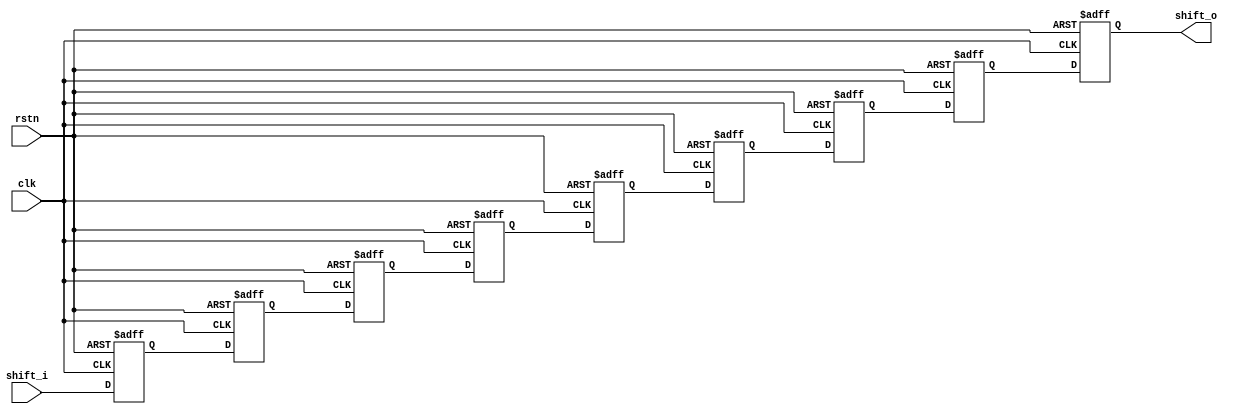
`timescale 1ns / 1ps

//===================================================================
// Project Name	:  CSA9_2 
// Description	:  CSA9_2 carry save adder compressor 9:2
//===================================================================


module shift_reg_9(
    input               clk,
    input               rstn,
    input   [31:0]      shift_i,
    output  [31:0]      shift_o
    );
    
    reg     [31:0]     S1,S2,S3,S4,S5,S6,S7,S8,S9;
    
    always @(posedge clk or  negedge rstn) begin
        if ( ! rstn) begin
            S1  <= 0;
            S2  <= 0;
            S3  <= 0;
            S4  <= 0;
            S5  <= 0;
            S6  <= 0;
            S7  <= 0;
            S8  <= 0;
            S9  <= 0;
        end
        else begin
            S1  <= shift_i;
            S2  <= S1 ;
            S3  <= S2 ;
            S4  <= S3 ;
            S5  <= S4 ;
            S6  <= S5 ;
            S7  <= S6 ;
            S8  <= S7 ;
            S9  <= S8 ;
        end        
    end
    
    assign shift_o = S9;
 
endmodule

module shift_reg_12(
    input               clk,
    input               rstn,
    input   [31:0]      shift_i,
    output  [31:0]      shift_o
    );
    
    reg     [31:0]     S1,S2,S3,S4,S5,S6,S7,S8,S9,S10,S11,S12;
    
    always @(posedge clk or  negedge rstn) begin
        if ( ! rstn) begin
            S1  <= 0;
            S2  <= 0;
            S3  <= 0;
            S4  <= 0;
            S5  <= 0;
            S6  <= 0;
            S7  <= 0;
            S8  <= 0;
            S9  <= 0;
            S10 <= 0;
            S11 <= 0;
            S12 <= 0;
        end
        else begin
            S1  <= shift_i;
            S2  <= S1 ;
            S3  <= S2 ;
            S4  <= S3 ;
            S5  <= S4 ;
            S6  <= S5 ;
            S7  <= S6 ;
            S8  <= S7 ;
            S9  <= S8 ;
            S10 <= S9 ;
            S11 <= S10;
            S12 <= S11;
        end          
    end
    
    assign shift_o = S12;
endmodule

//module shift_reg_8_32bit(
//    input               clk,
//    input               rstn,
//    input   [31:0]      shift_i,
//    output  [31:0]      shift_o
//    );
    
//    reg     [31:0]     S1,S2,S3,S4,S5,S6,S7,S8;
    
//    always @(posedge clk or  negedge rstn) begin
//        if ( ! rstn) begin
//            S1  <= 0;
//            S2  <= 0;
//            S3  <= 0;
//            S4  <= 0;
//            S5  <= 0;
//            S6  <= 0;
//            S7  <= 0;
//            S8  <= 0;
//        end
//        else begin
//            S1  <= shift_i;
//            S2  <= S1 ;
//            S3  <= S2 ;
//            S4  <= S3 ;
//            S5  <= S4 ;
//            S6  <= S5 ;
//            S7  <= S6 ;
//            S8  <= S7 ;
//        end        
//    end
    
//    assign shift_o = S8;
 
//endmodule

module shift_reg_9_16bit(
    input               clk,
    input               rstn,
    input   [15:0]      shift_i,
    output  [15:0]      shift_o
    );
    
    reg     [15:0]     S1,S2,S3,S4,S5,S6,S7,S8,S9;
    
    always @(posedge clk or  negedge rstn) begin
        if ( ! rstn) begin
            S1  <= 0;
            S2  <= 0;
            S3  <= 0;
            S4  <= 0;
            S5  <= 0;
            S6  <= 0;
            S7  <= 0;
            S8  <= 0;
            S9  <= 0;
        end
        else begin
            S1  <= shift_i;
            S2  <= S1 ;
            S3  <= S2 ;
            S4  <= S3 ;
            S5  <= S4 ;
            S6  <= S5 ;
            S7  <= S6 ;
            S8  <= S7 ;
            S9  <= S8;
        end        
    end
    
    assign shift_o = S9;
 
endmodule